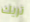
تريك